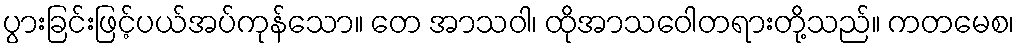
ပွားခြင်းဖြင့်ပယ်အပ်ကုန်သော။ တေ အာသဝါ၊ ထိုအာသဝေါတရားတို့သည်။ ကတမေစ၊